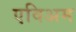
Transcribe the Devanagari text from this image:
एविअम